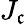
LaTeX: J_{\mathfrak{c}}